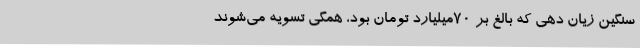
سنگین زیان دهی که بالغ بر 70میلیارد تومان بود، همگی تسویه می‌شوند